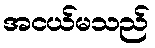
အငယ်မသည်